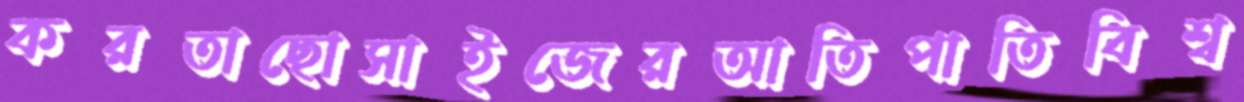
করতাছোসাইজেরআতিপাতিবিশ্ব